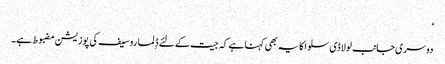
‘
دوسری جانب لولا ڈی سلوا کا یہ بھی کہنا ہے کہ جیت کے لئے ڈِلما روسیف کی پوزیشن مضبوط ہے۔